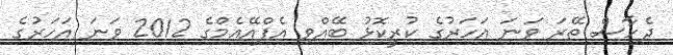
ދެހާސް ތޭރަ ވަނަ އަހަރުގެ ކުރީކޮޅު ބޭއްވި އެފްއޭއެމްގެ 2012 ވަނަ އަހަރުގެ